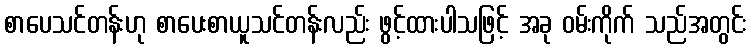
စာပေသင်တန်းဟု စာပေးစာယူသင်တန်းလည်း ဖွင့်ထားပါသဖြင့် အခု ဝမ်းကိုက် သည်အတွင်း